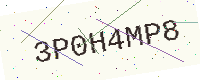
Text: 3P0H4MP8